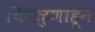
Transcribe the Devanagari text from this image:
चिपळुणाहून